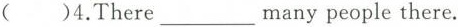
( )4.There ___ many people there.